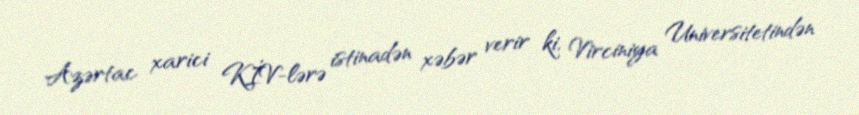
Azərtac xarici KİV-lərə istinadən xəbər verir ki, Virciniya Universitetindən